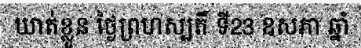
ឃាត់ខ្លួន ថ្ងៃព្រហស្បតិ៍ ទី23 ឧសភា ឆ្នាំ